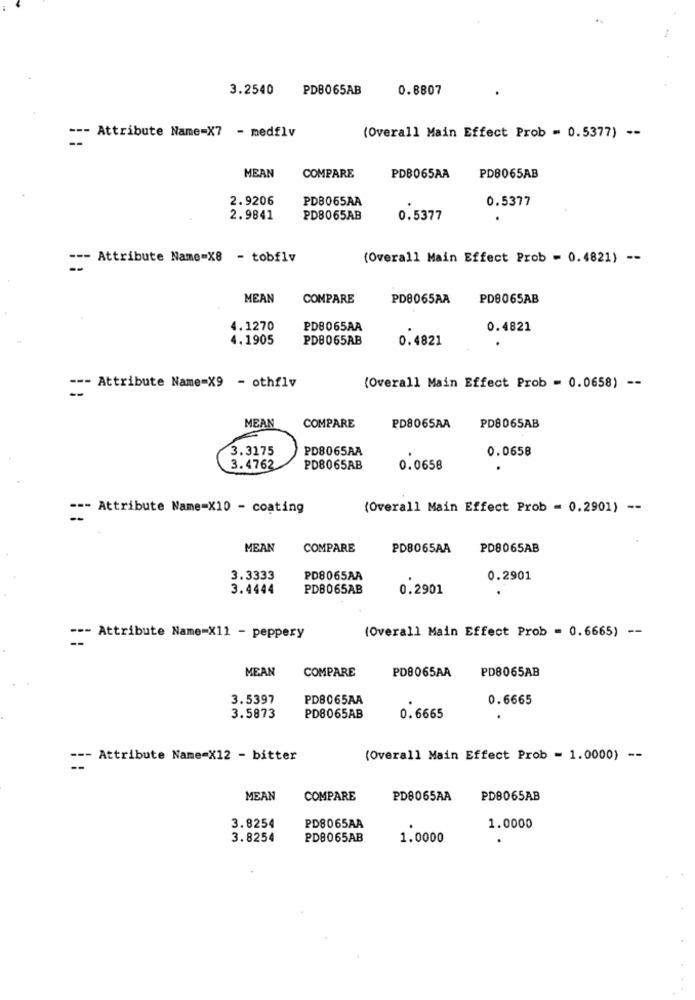
3.2540
PDB065AB
0.8807
--- Attribute Name=X7 - medflv
(Overall Main Effect Prob = 0.5377) --
MEAN
COMPARE
PDB065AA
PD8065AB
2.9206
PDB065AA
0.5377
2.9841
PD8065AB
0.5377
--- Attribute Name=X8 - tobflv
(Overall Main Effect Prob = 0.4821) --
MEAN
COMPARE
PD8065AA
PD8065AB
4.1270
PDB065AA
0.4821
4.1905
PDB065AB
0.4821
--- Attribute Name=X9 - othflv
(Overall Main Effect Prob = 0.0658) --
MEAN
COMPARE
PD8065AA
PD8065AB
3.3175
PD8065AA
0.0658
3.4762
PD8065AB
0.0658
--- Attribute Name=X10 - coating
(Overall Main Effect Prob = 0.2901) --
MEAN
COMPARE
PD8065AA
PD8065AB
3.3333
PD8065AA
0.2901
3.4444
PDB065AB
0.2901
--- Attribute Name=X11 - peppery
(Overall Main Effect Prob - 0.6665) --
MEAN
COMPARE
PD8065AA
PD8065AB
3.5397
PDB065AA
0.6665
3.5873
PD8065AB
0.6665
--- Attribute Name=X12 - bitter
(Overall Main Effect Prob = 1.0000) --
MEAN
COMPARE
PD8065AA
PD8065AB
3.8254
PD8065AA
1.0000
3.8254
PD8065AB
1.0000